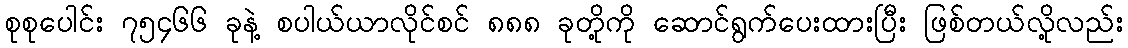
စုစုပေါင်း ၇၅၄၆၆ ခုနဲ့ စပါယ်ယာလိုင်စင် ၈၈၈ ခုတို့ကို ဆောင်ရွက်ပေးထားပြီး ဖြစ်တယ်လို့လည်း